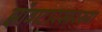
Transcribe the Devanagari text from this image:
झोंबाटारसारख्या